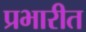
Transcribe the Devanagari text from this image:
प्रभारीत